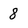
Character: 8